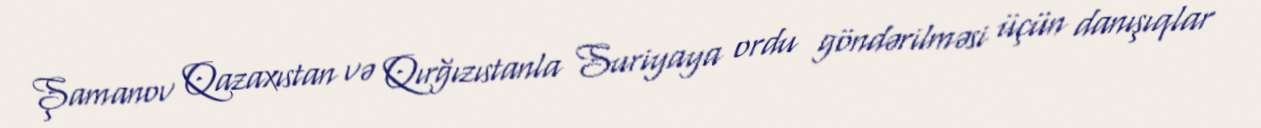
Şamanov Qazaxıstan və Qırğızıstanla Suriyaya ordu göndərilməsi üçün danışıqlar